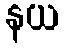
နယ